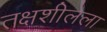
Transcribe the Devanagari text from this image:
तक्षशीलेला